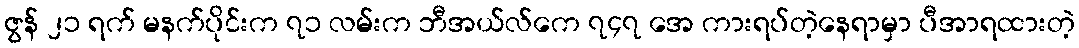
ဇွန် ၂၁ ရက် မနက်ပိုင်းက ၇၁ လမ်းက ဘီအယ်လ်ကေ ၇၄၇ အေ ကားရပ်တဲ့နေရာမှာ ပီအာရထားတဲ့